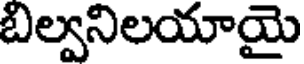
బిల్వనిలయాయై